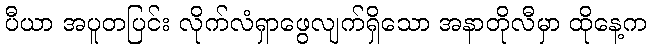
ပီယာ အပူတပြင်း လိုက်လံရှာဖွေလျက်ရှိသော အနာတိုလီမှာ ထိုနေ့က